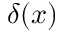
δ ( x )